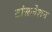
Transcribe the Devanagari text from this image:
टांंसलेशन